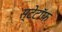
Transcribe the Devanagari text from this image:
स्टेटॉफ